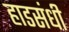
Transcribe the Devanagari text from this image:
हाडसंधी